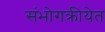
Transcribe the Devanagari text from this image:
संभोगक्रीयेत